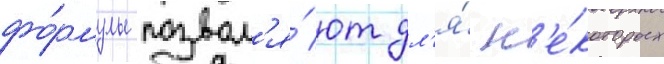
фо́рмулы позвол'я́ют дл'я́ н'е́которых